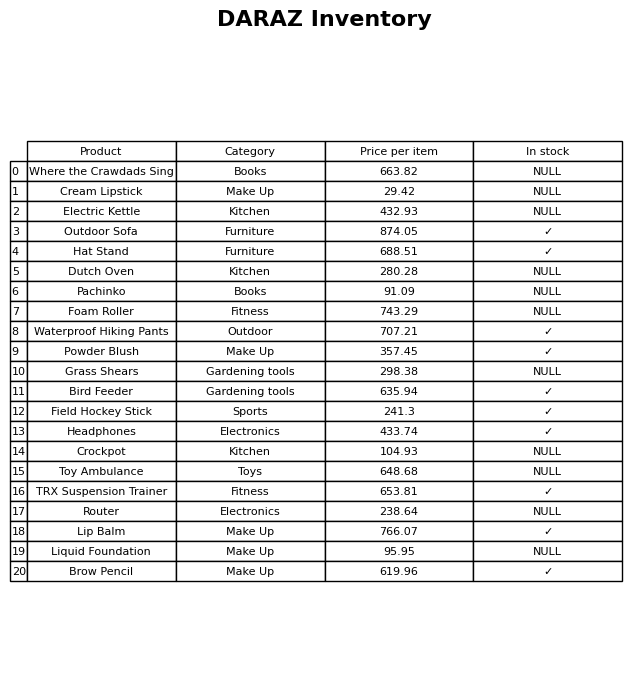
question: What is the price for Bird Feeder?
answer: The price of Bird Feeder is 635.94.